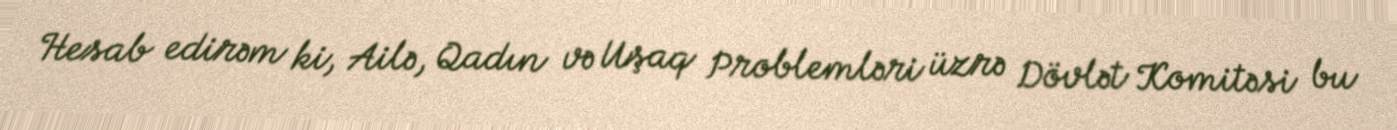
Hesab edirəm ki, Ailə, Qadın və Uşaq Problemləri üzrə Dövlət Komitəsi bu